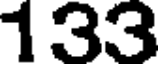
133